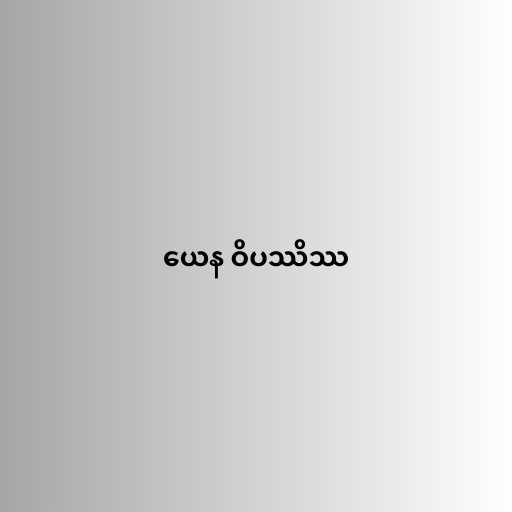
ယေန ဝိပဿိဿ